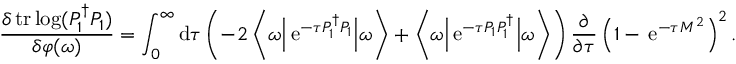
\frac { \delta \, \mathrm { t r } \log ( P _ { 1 } ^ { \dagger } P _ { 1 } ) } { \delta \varphi ( \omega ) } = \int _ { 0 } ^ { \infty } \mathrm { d } \tau \left( - 2 \left\langle \omega \Big | \, \mathrm { e } ^ { - \tau P _ { 1 } ^ { \dagger } P _ { 1 } } \Big | \omega \right\rangle + \left\langle \omega \Big | \, \mathrm { e } ^ { - \tau P _ { 1 } P _ { 1 } ^ { \dagger } } \Big | \omega \right\rangle \right) \frac \partial { \partial \tau } \left( 1 - \, \mathrm { e } ^ { - \tau M ^ { 2 } } \right) ^ { 2 } .